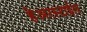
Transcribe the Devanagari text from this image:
हेअरस्टाईल